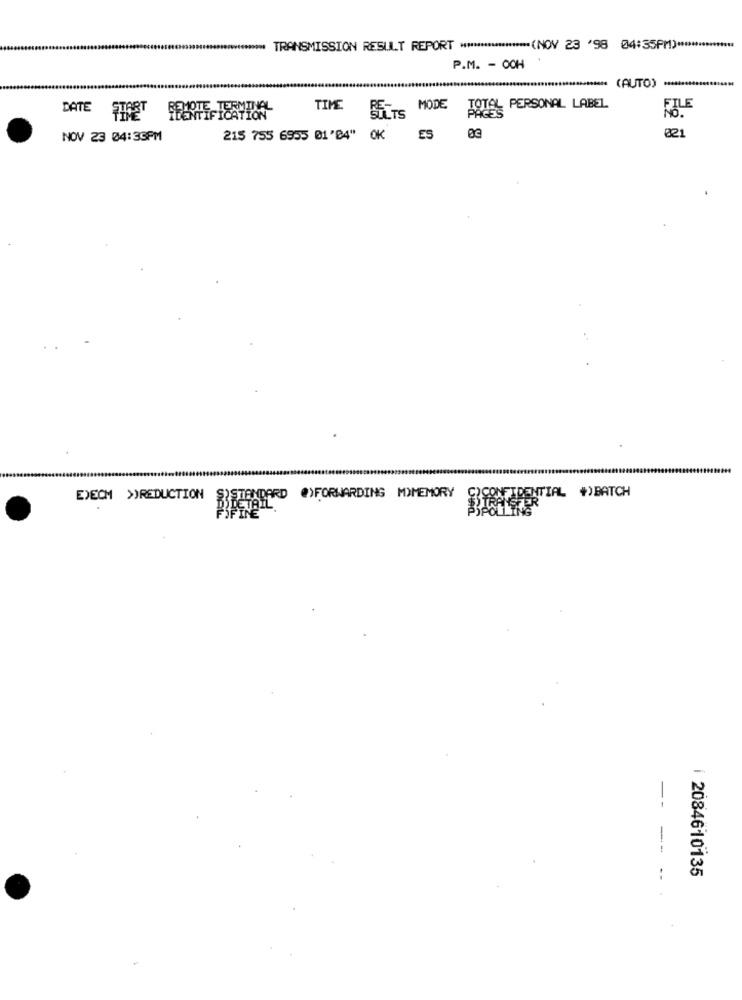
TRANSMISSION RESULT REPORT ******************** (NOV 23 '98 04:35PM) ******
P.M. - OCH
NN (AUTO)
TIME
BELTS MODE TOTAL PERSONAL LABEL
DATE START PEOPLE TERYTORI
021
NOV 23 04:33PM
215 755 6955 01'84" OK ES 03
EXECM >)REDUCTION
SSTANDARD
@)FORWARDING M)MEMORY
CONFIDENTIAL +)BATCH
ŘÍDETAIL.
--
-- -
2084610135